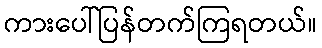
ကားပေါ်ပြန်တက်ကြရတယ်။